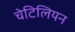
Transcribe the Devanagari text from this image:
चेटिलियन